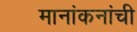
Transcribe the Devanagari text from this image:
मानांकनांची